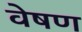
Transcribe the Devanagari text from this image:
वेषण